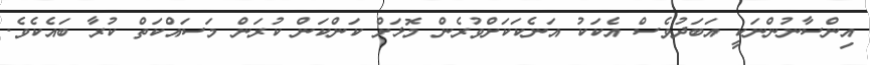
އިންސާނުންނަކީ އަބަދުވެސް އެކަކު އަނެކަަކަށްވުރެން މޮޅަށް ކަންކަން ކުރަން މަސައްކަތް ކުރާ ބައެކެވެ.